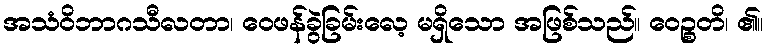
အသံဝိဘာဂသီလတာ၊ ဝေဖန်ခွဲခြမ်းလေ့ မရှိသော အဖြစ်သည်။ ဝေဉ္စတိ၊ ၏။